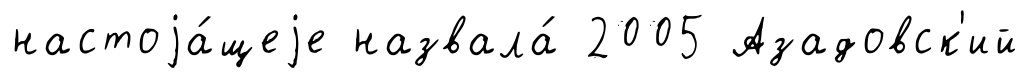
настоjа́щеjе назвала́ 2005 Азадовск'ий